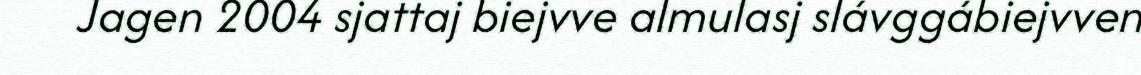
Jagen 2004 sjattaj biejvve almulasj slávggábiejvven